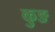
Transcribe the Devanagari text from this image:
कुङ